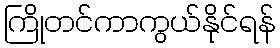
ကြိုတင်ကာကွယ်နိုင်ရန်